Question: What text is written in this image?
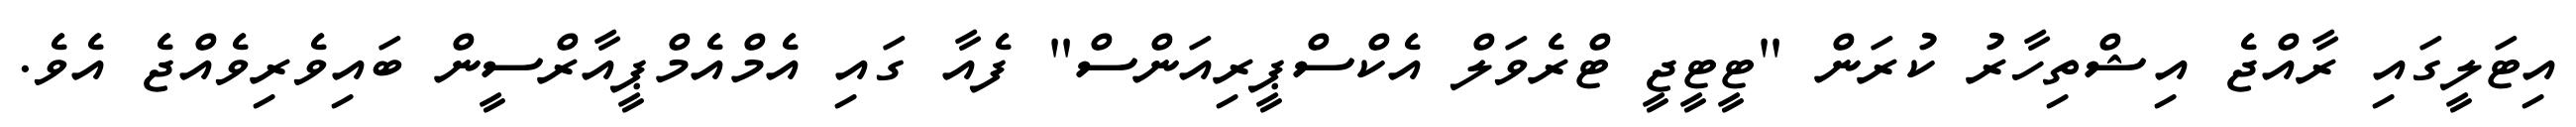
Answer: އިޓަލީގައި ރާއްޖެ އިޝްތިހާރު ކުރަން "ޓީޓީޖީ ޓްރެވަލް އެކްސްޕީރިއަންސް" ފެއާ ގައި އެމްއެމްޕީއާރްސީން ބައިވެރިވެއްޖެ އެވެ.